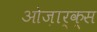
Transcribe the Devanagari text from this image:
ओज़ार्क्स